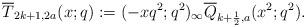
LaTeX: \begin{align*}\overline{T}_{2k+1,2a}(x;q):=(-xq^2;q^2)_\infty\overline{Q}_{k+\frac{1}{2},a}(x^2;q^2).\end{align*}